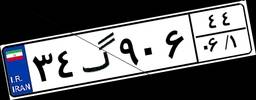
۳۴گ۹۰۶۴۴